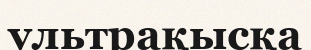
ультрақысқа